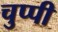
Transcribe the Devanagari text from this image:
चुप्‍पी